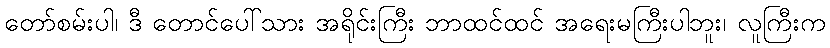
တော်စမ်းပါ၊ ဒီ တောင်ပေါ်သား အရိုင်းကြီး ဘာထင်ထင် အရေးမကြီးပါဘူး၊ လူကြီးက